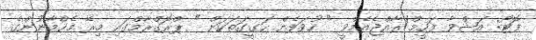
ފޮޓޯ: އަޝްވާ ފަހީމް/ރާއްޖެއެމްވީ " ހުވަފެން ހަގީގަތަކަށް " ޕްރޮގްރާމްގައި މިރޭ މެހްމާނުންގެ